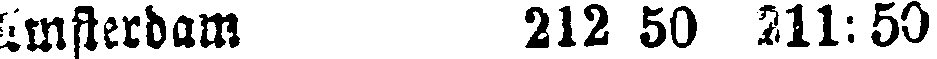
Amsterdam 212 50 211:50